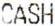
CASH